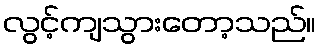
လွင့်ကျသွားတော့သည်။